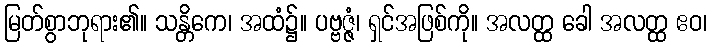
မြတ်စွာဘုရား၏။ သန္တိကေ၊ အထံ၌။ ပဗ္ဗဇ္ဇံ၊ ရှင်အဖြစ်ကို။ အလတ္ထ ခေါ အလတ္ထ ဧဝ၊